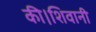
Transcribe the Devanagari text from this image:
की।शिवानी